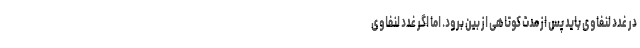
در غدد لنفاوی باید پس از مدت کوتاهی از بین برود. اما اگر غدد لنفاوی